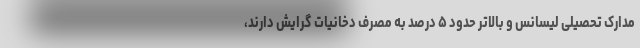
مدارک تحصیلی لیسانس و بالاتر حدود ۵ درصد به مصرف دخانیات گرایش دارند،